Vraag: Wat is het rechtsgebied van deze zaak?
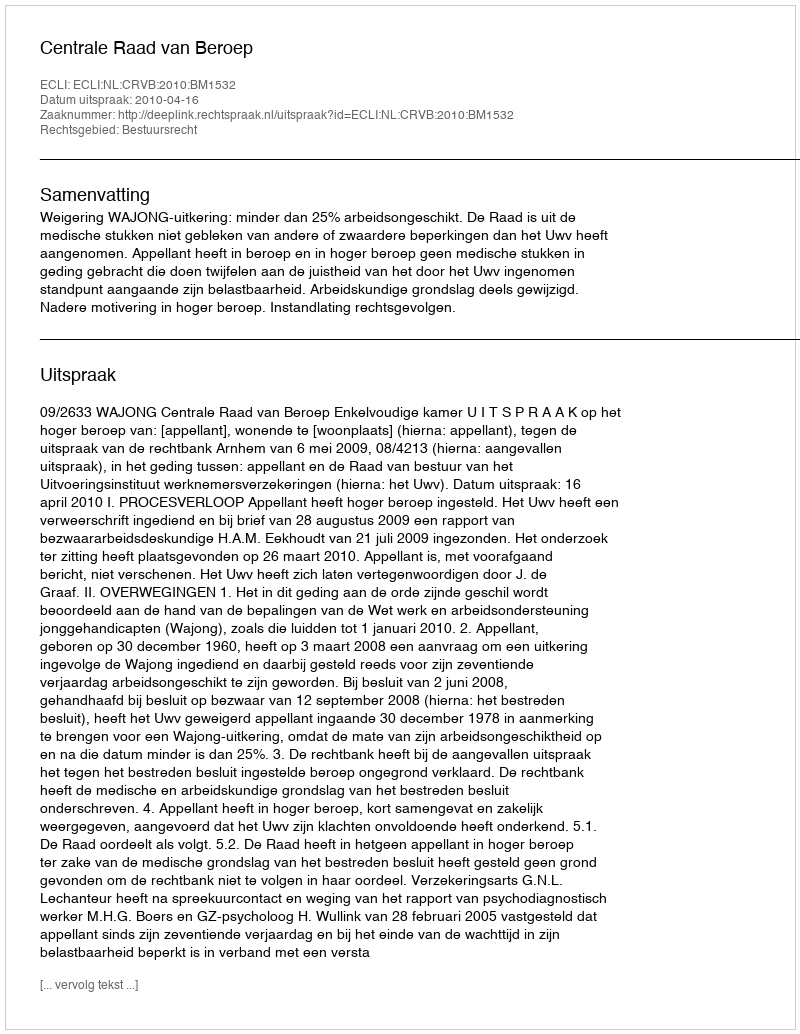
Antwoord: Bestuursrecht